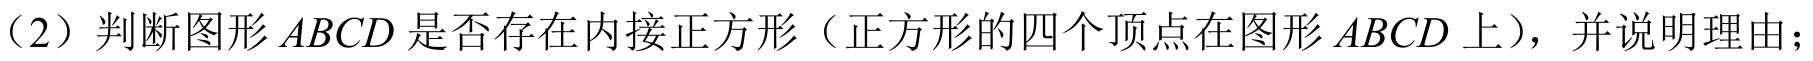
（2）判断图形 \(ABCD\) 是否存在内接正方形（正方形的四个顶点在图形 \(ABCD\) 上），并说明理由；